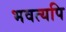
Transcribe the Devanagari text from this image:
भवत्यपि